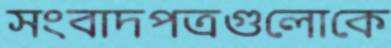
সংবাদপত্রগুলোকে